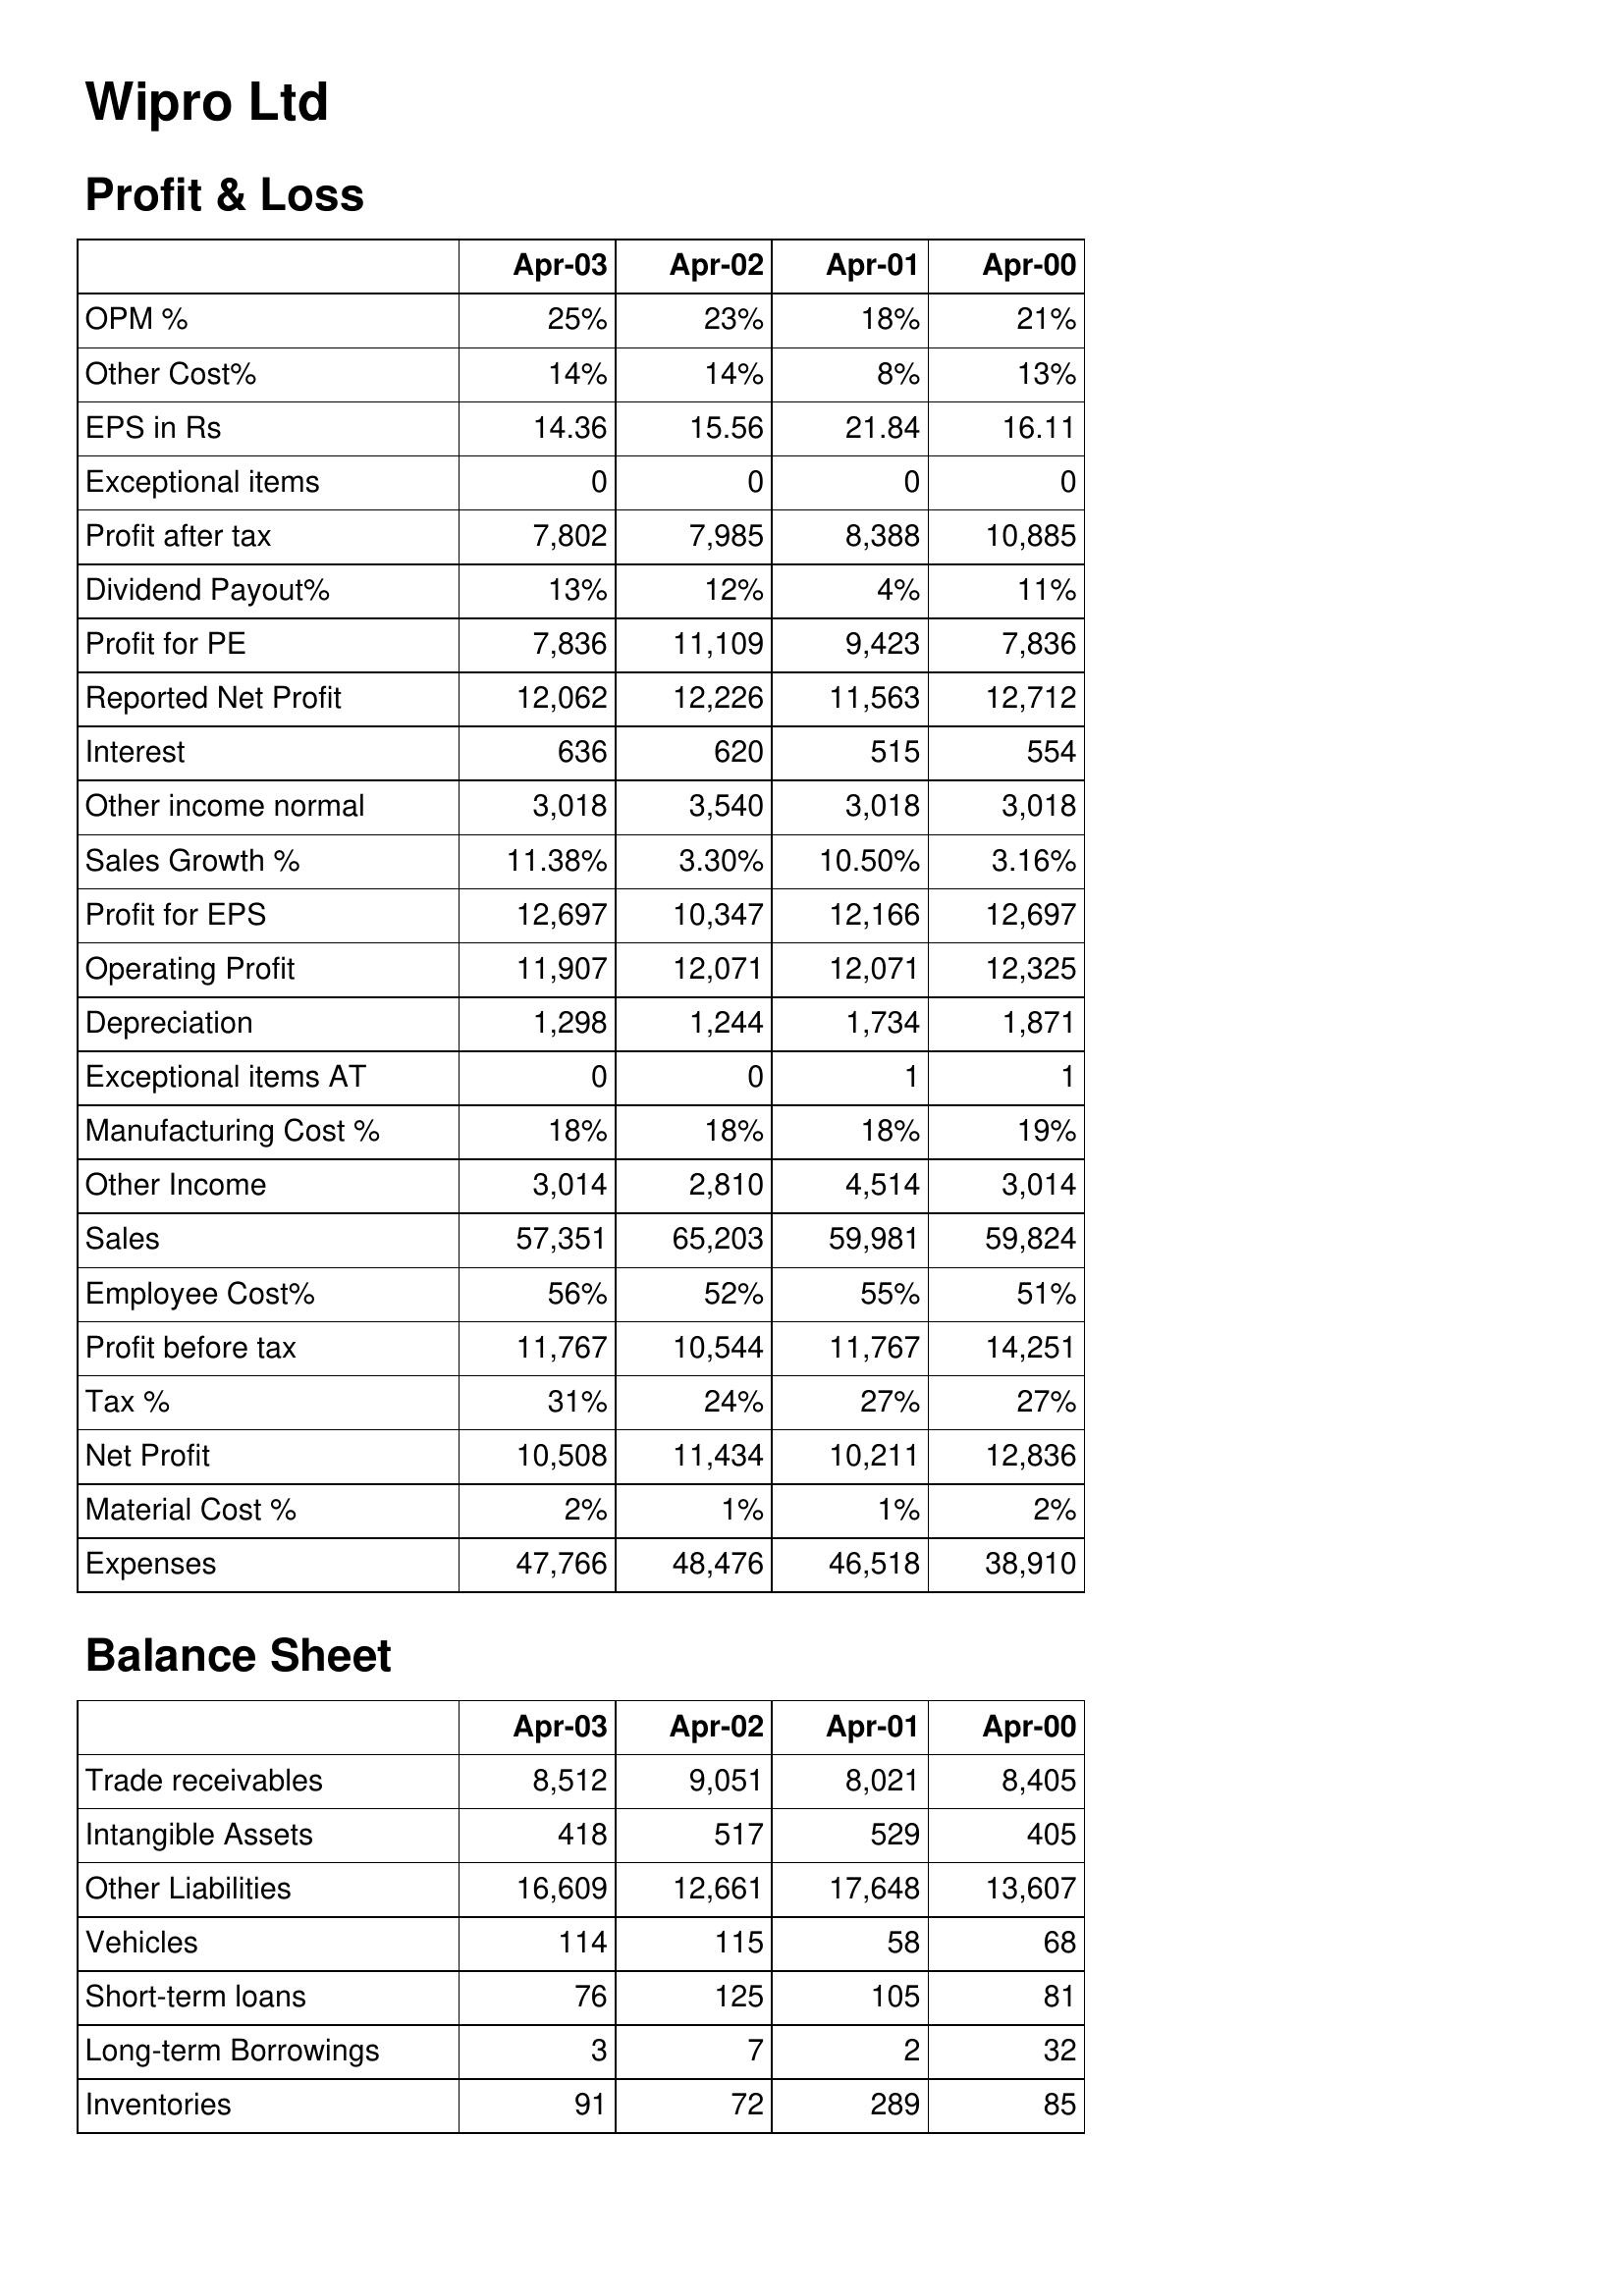
Apr-03: Profit & Loss: OPM %: 25%
Other Cost%: 14%
EPS in Rs: 14.36
Exceptional items: 0
Profit after tax: 7,802
Dividend Payout%: 13%
Profit for PE: 7,836
Reported Net Profit: 12,062
Interest: 636
Other income normal: 3,018
Sales Growth %: 11.38%
Profit for EPS: 12,697
Operating Profit: 11,907
Depreciation: 1,298
Exceptional items AT: 0
Manufacturing Cost %: 18%
Other Income: 3,014
Sales: 57,351
Employee Cost%: 56%
Profit before tax: 11,767
Tax %: 31%
Net Profit: 10,508
Material Cost %: 2%
Expenses: 47,766
Balance Sheet: Trade receivables: 8,512
Intangible Assets: 418
Other Liabilities: 16,609
Vehicles: 114
Short-term loans: 76
Long-term Borrowings: 3
Inventories: 91
Apr-02: Profit & Loss: OPM %: 23%
Other Cost%: 14%
EPS in Rs: 15.56
Exceptional items: 0
Profit after tax: 7,985
Dividend Payout%: 12%
Profit for PE: 11,109
Reported Net Profit: 12,226
Interest: 620
Other income normal: 3,540
Sales Growth %: 3.30%
Profit for EPS: 10,347
Operating Profit: 12,071
Depreciation: 1,244
Exceptional items AT: 0
Manufacturing Cost %: 18%
Other Income: 2,810
Sales: 65,203
Employee Cost%: 52%
Profit before tax: 10,544
Tax %: 24%
Net Profit: 11,434
Material Cost %: 1%
Expenses: 48,476
Balance Sheet: Trade receivables: 9,051
Intangible Assets: 517
Other Liabilities: 12,661
Vehicles: 115
Short-term loans: 125
Long-term Borrowings: 7
Inventories: 72
Apr-01: Profit & Loss: OPM %: 18%
Other Cost%: 8%
EPS in Rs: 21.84
Exceptional items: 0
Profit after tax: 8,388
Dividend Payout%: 4%
Profit for PE: 9,423
Reported Net Profit: 11,563
Interest: 515
Other income normal: 3,018
Sales Growth %: 10.50%
Profit for EPS: 12,166
Operating Profit: 12,071
Depreciation: 1,734
Exceptional items AT: 1
Manufacturing Cost %: 18%
Other Income: 4,514
Sales: 59,981
Employee Cost%: 55%
Profit before tax: 11,767
Tax %: 27%
Net Profit: 10,211
Material Cost %: 1%
Expenses: 46,518
Balance Sheet: Trade receivables: 8,021
Intangible Assets: 529
Other Liabilities: 17,648
Vehicles: 58
Short-term loans: 105
Long-term Borrowings: 2
Inventories: 289
Apr-00: Profit & Loss: OPM %: 21%
Other Cost%: 13%
EPS in Rs: 16.11
Exceptional items: 0
Profit after tax: 10,885
Dividend Payout%: 11%
Profit for PE: 7,836
Reported Net Profit: 12,712
Interest: 554
Other income normal: 3,018
Sales Growth %: 3.16%
Profit for EPS: 12,697
Operating Profit: 12,325
Depreciation: 1,871
Exceptional items AT: 1
Manufacturing Cost %: 19%
Other Income: 3,014
Sales: 59,824
Employee Cost%: 51%
Profit before tax: 14,251
Tax %: 27%
Net Profit: 12,836
Material Cost %: 2%
Expenses: 38,910
Balance Sheet: Trade receivables: 8,405
Intangible Assets: 405
Other Liabilities: 13,607
Vehicles: 68
Short-term loans: 81
Long-term Borrowings: 32
Inventories: 85